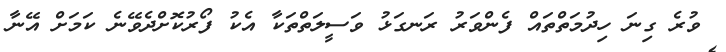
ވުރެ ގިނަ ހިދުމަތްތައް ފެންވަރު ރަނގަޅު ވަސީލަތްތަކާ އެކު ފޯރުކޮށްދެވޭނެ ކަމަށް އޭނާ